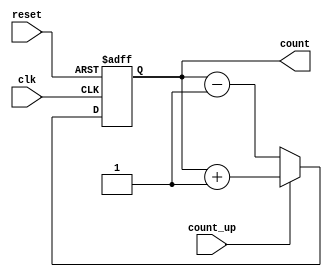
module ChainedParallelCounter (
    input wire clk,          // Clock signal
    input wire reset,        // Asynchronous reset signal
    input wire count_up,     // Control signal for counting up (1) or down (0)
    output reg [3:0] count   // 4-bit output for the counter value
);

    // Internal signals for the flip-flops
    reg [3:0] next_count;

    // Asynchronous reset and counting logic
    always @(posedge clk or posedge reset) begin
        if (reset) begin
            count <= 4'b0000; // Reset the counter to 0
        end else begin
            count <= next_count; // Update the counter with the next value
        end
    end

    // Combinational logic to determine the next count value
    always @(*) begin
        if (count_up) begin
            next_count = count + 1; // Increment the count
        end else begin
            next_count = count - 1; // Decrement the count
        end
    end

endmodule